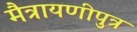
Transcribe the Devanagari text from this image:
मैत्रायणीपुत्र